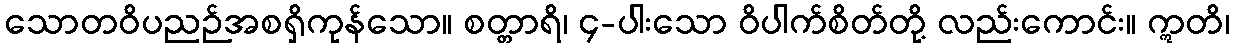
သောတဝိပညဉ်အစရှိကုန်သော။ စတ္တာရိ၊ ၄-ပါးသော ဝိပါက်စိတ်တို့ လည်းကောင်း။ ဣတိ၊